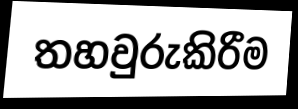
තහවුරුකිරීම